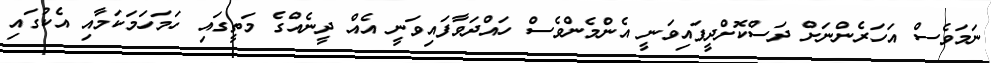
ނަމަވެސް އަހަރެންނަށް ދަސްކޮށްދީފައިވަނީ އެންމެންވެސް ހައްދަވާފައިވަނީ އެއް ދީނެއްގެ މަތީގައި ހަމަހަމަކަމާއި އެކުގައި